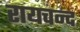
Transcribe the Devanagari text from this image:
रायचन्द